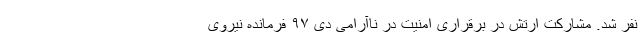
نفر شد. مشارکت ارتش در برقراری امنیت در ناآرامی دی ۹۷ فرمانده نیروی